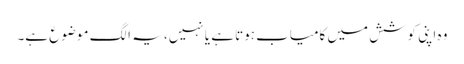
وہ اپنی کوشش میں کامیاب ہوتا ہے یا نہیں، یہ الگ موضوع ہے۔